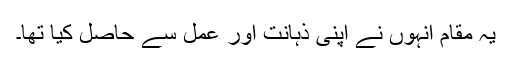
یہ مقام انہوں نے اپنی ذہانت اور عمل سے حاصل کیا تھا۔